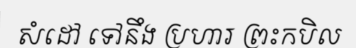
សំដៅ ទៅនឹង ប្រហារ ព្រះកបិល